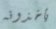
يأخذونه